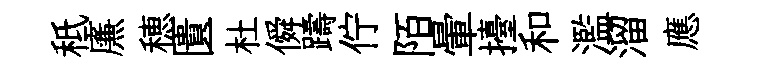
秪㢘穂匱杜僢躊佇陌暈擡和濫溜應